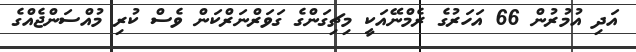
އަދި އުމުރުން 66 އަހަރުގެ ރެމްނޭއަކީ މިޗިގަންގެ ގަވަރްނަރްކަން ވެސް ކުރި މުއްސަންޖެއްގެ